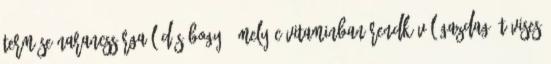
Termése narancssárga lédús bogyó, mely C-vitaminban rendkívül gazdag. Tövises